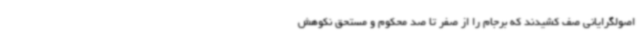
اصولگرایانی صف کشیدند که برجام را از صفر تا صد محکوم و مستحق نکوهش